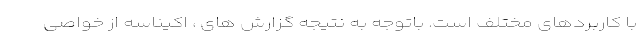
با کاربردهای مختلف است. باتوجه به نتیجه گزارش های ، اکیناسه از خواصی